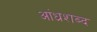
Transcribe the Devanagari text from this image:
आंध्रशब्द